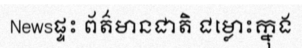
Newsផ្ទះ ព័ត៌មានជាតិ ជម្លោះក្នុង